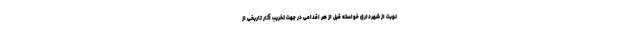
نوبت از شهرداری خواسته قبل از هر اقدامی در جهت تخریب آثار تاریخی از